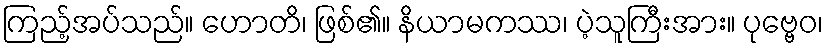
ကြည့်အပ်သည်။ ဟောတိ၊ ဖြစ်၏။ နိယာမကဿ၊ ပဲ့သူကြီးအား။ ပုဗ္ဗေဝ၊